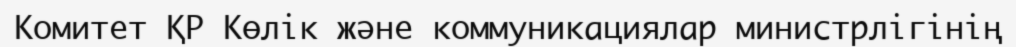
Комитет ҚР Көлік және коммуникациялар министрлігінің